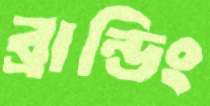
ব্রান্ডিং